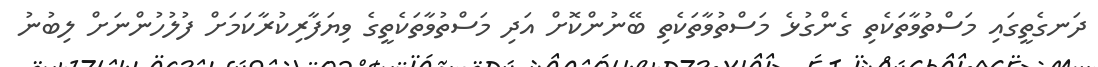
ދަނގެތީގައި މަސްތުވާތަކެތި ގެންގުޅެ މަސްތުވާތަކެތި ބޭނުންކޮށް އަދި މަސްތުވާތަކެތީގެ ވިޔަފާރިކުރާކަމަށް ފުލުހުންނަށް ލިބުނު